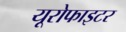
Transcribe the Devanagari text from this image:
यूरोफाइटर